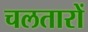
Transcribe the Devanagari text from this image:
चलतारों